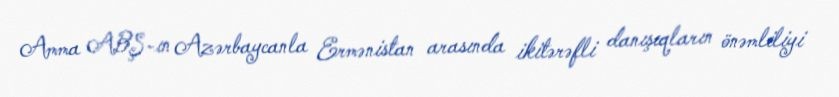
Amma ABŞ-ın Azərbaycanla Ermənistan arasında ikitərəfli danışıqların önəmliliyi